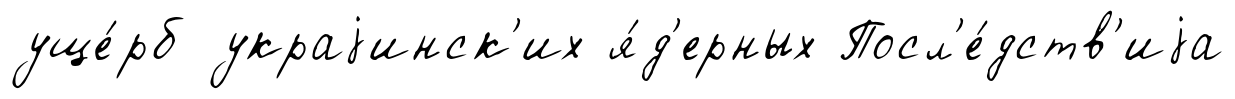
уще́рб украjинск'их я́д'ерных Посл'е́дств'иjа